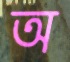
অ